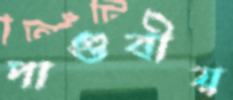
পাণ্ডবীয়